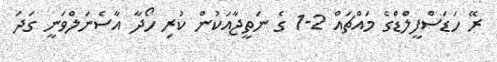
ރޭ ހަޑަސްފީލްޑްގެ މައްޗައް 2-1 ގެ ނަތީޖާއަކުން ކުރި ހޯދާ އާސެނަލްވަނީ ގަދަ